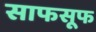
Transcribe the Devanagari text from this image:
साफसूफ